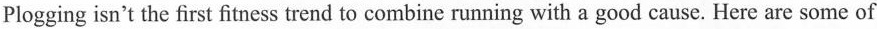
Plogging isn't the first fitness trend to combine runring with a good cause. Here are some of